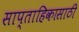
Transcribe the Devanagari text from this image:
साप्ताहिकासाठी